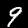
Digit: 9